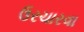
ઉરચારવા